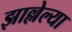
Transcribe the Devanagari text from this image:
झाल्लेल्या